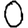
Digit: 0